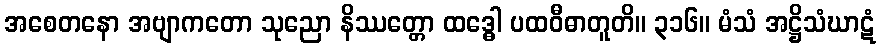
အစေတနော အဗျာကတော သုညော နိဿတ္တော ထဒ္ဓေါ ပထဝီဓာတူတိ။ ၃၁၆။ မံသံ အဋ္ဌိသံဃာဋံ